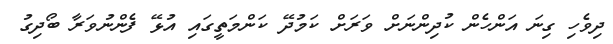
ދިވެހި ގިނަ އަންހެން ކުދިންނަށް ވަރަށް ކަމުދޭ ކަންމަތީގައި އުޅޭ ފެންނުވަރާ ބޯދިގު